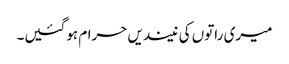
میری راتوں کی نیندیں حرام ہوگئیں۔